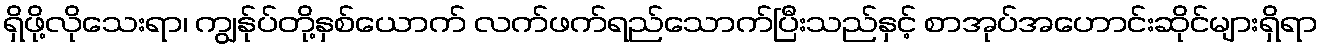
ရှိဖို့လိုသေးရာ၊ ကျွန်ုပ်တို့နှစ်ယောက် လက်ဖက်ရည်သောက်ပြီးသည်နှင့် စာအုပ်အဟောင်းဆိုင်များရှိရာ